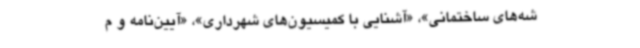
شه‌های ساختمانی»، «آشنایی با کمیسیون‌های شهرداری»، «آیین‌نامه و م